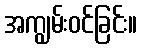
အကျွမ်းဝင်ခြင်း။